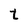
Character: t